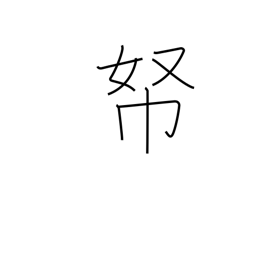
Meaning: money repository